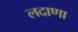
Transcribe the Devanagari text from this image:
लदाणा